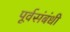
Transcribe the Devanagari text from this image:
पूर्वसंबंधी